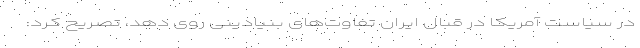
در سیاست آمریکا در قبال ایران تفاوت‌های بنیادینی روی دهد، تصریح کرد: